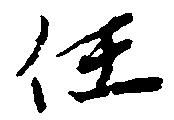
任